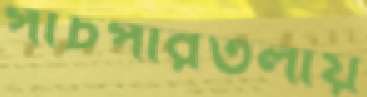
পাঁচপীরতলায়